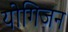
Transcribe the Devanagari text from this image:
योगिजन